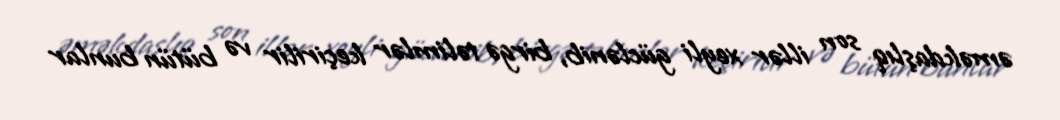
əməkdaşlıq son illər xeyli güclənib, birgə təlimlər keçirilir və bütün bunlar